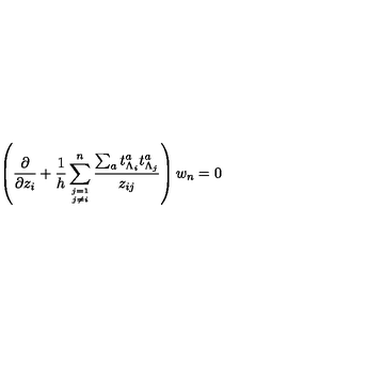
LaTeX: \left( { \frac { \partial } { \partial z _ { i } } } + { \frac { 1 } { h } } \sum _ { j = 1 \atop j \not = i } ^ { n } { \frac { \sum _ { a } t _ { \Lambda _ { i } } ^ { a } t _ { \Lambda _ { j } } ^ { a } } { z _ { i j } } } \right) w _ { n } = 0 \